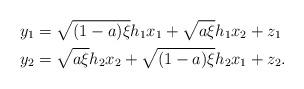
LaTeX: \begin{align*}y_1 &= \sqrt{(1-a)\xi }h_1 x_1 + \sqrt{a\xi }h_1 x_2 + z_1 \\y_2 &= \sqrt{a\xi }h_2 x_2 + \sqrt{(1-a)\xi }h_2 x_1 + z_2 .\end{align*}